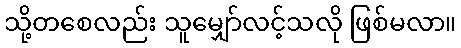
သို့တစေလည်း သူမျှော်လင့်သလို ဖြစ်မလာ။